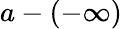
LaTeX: a-(-\infty)